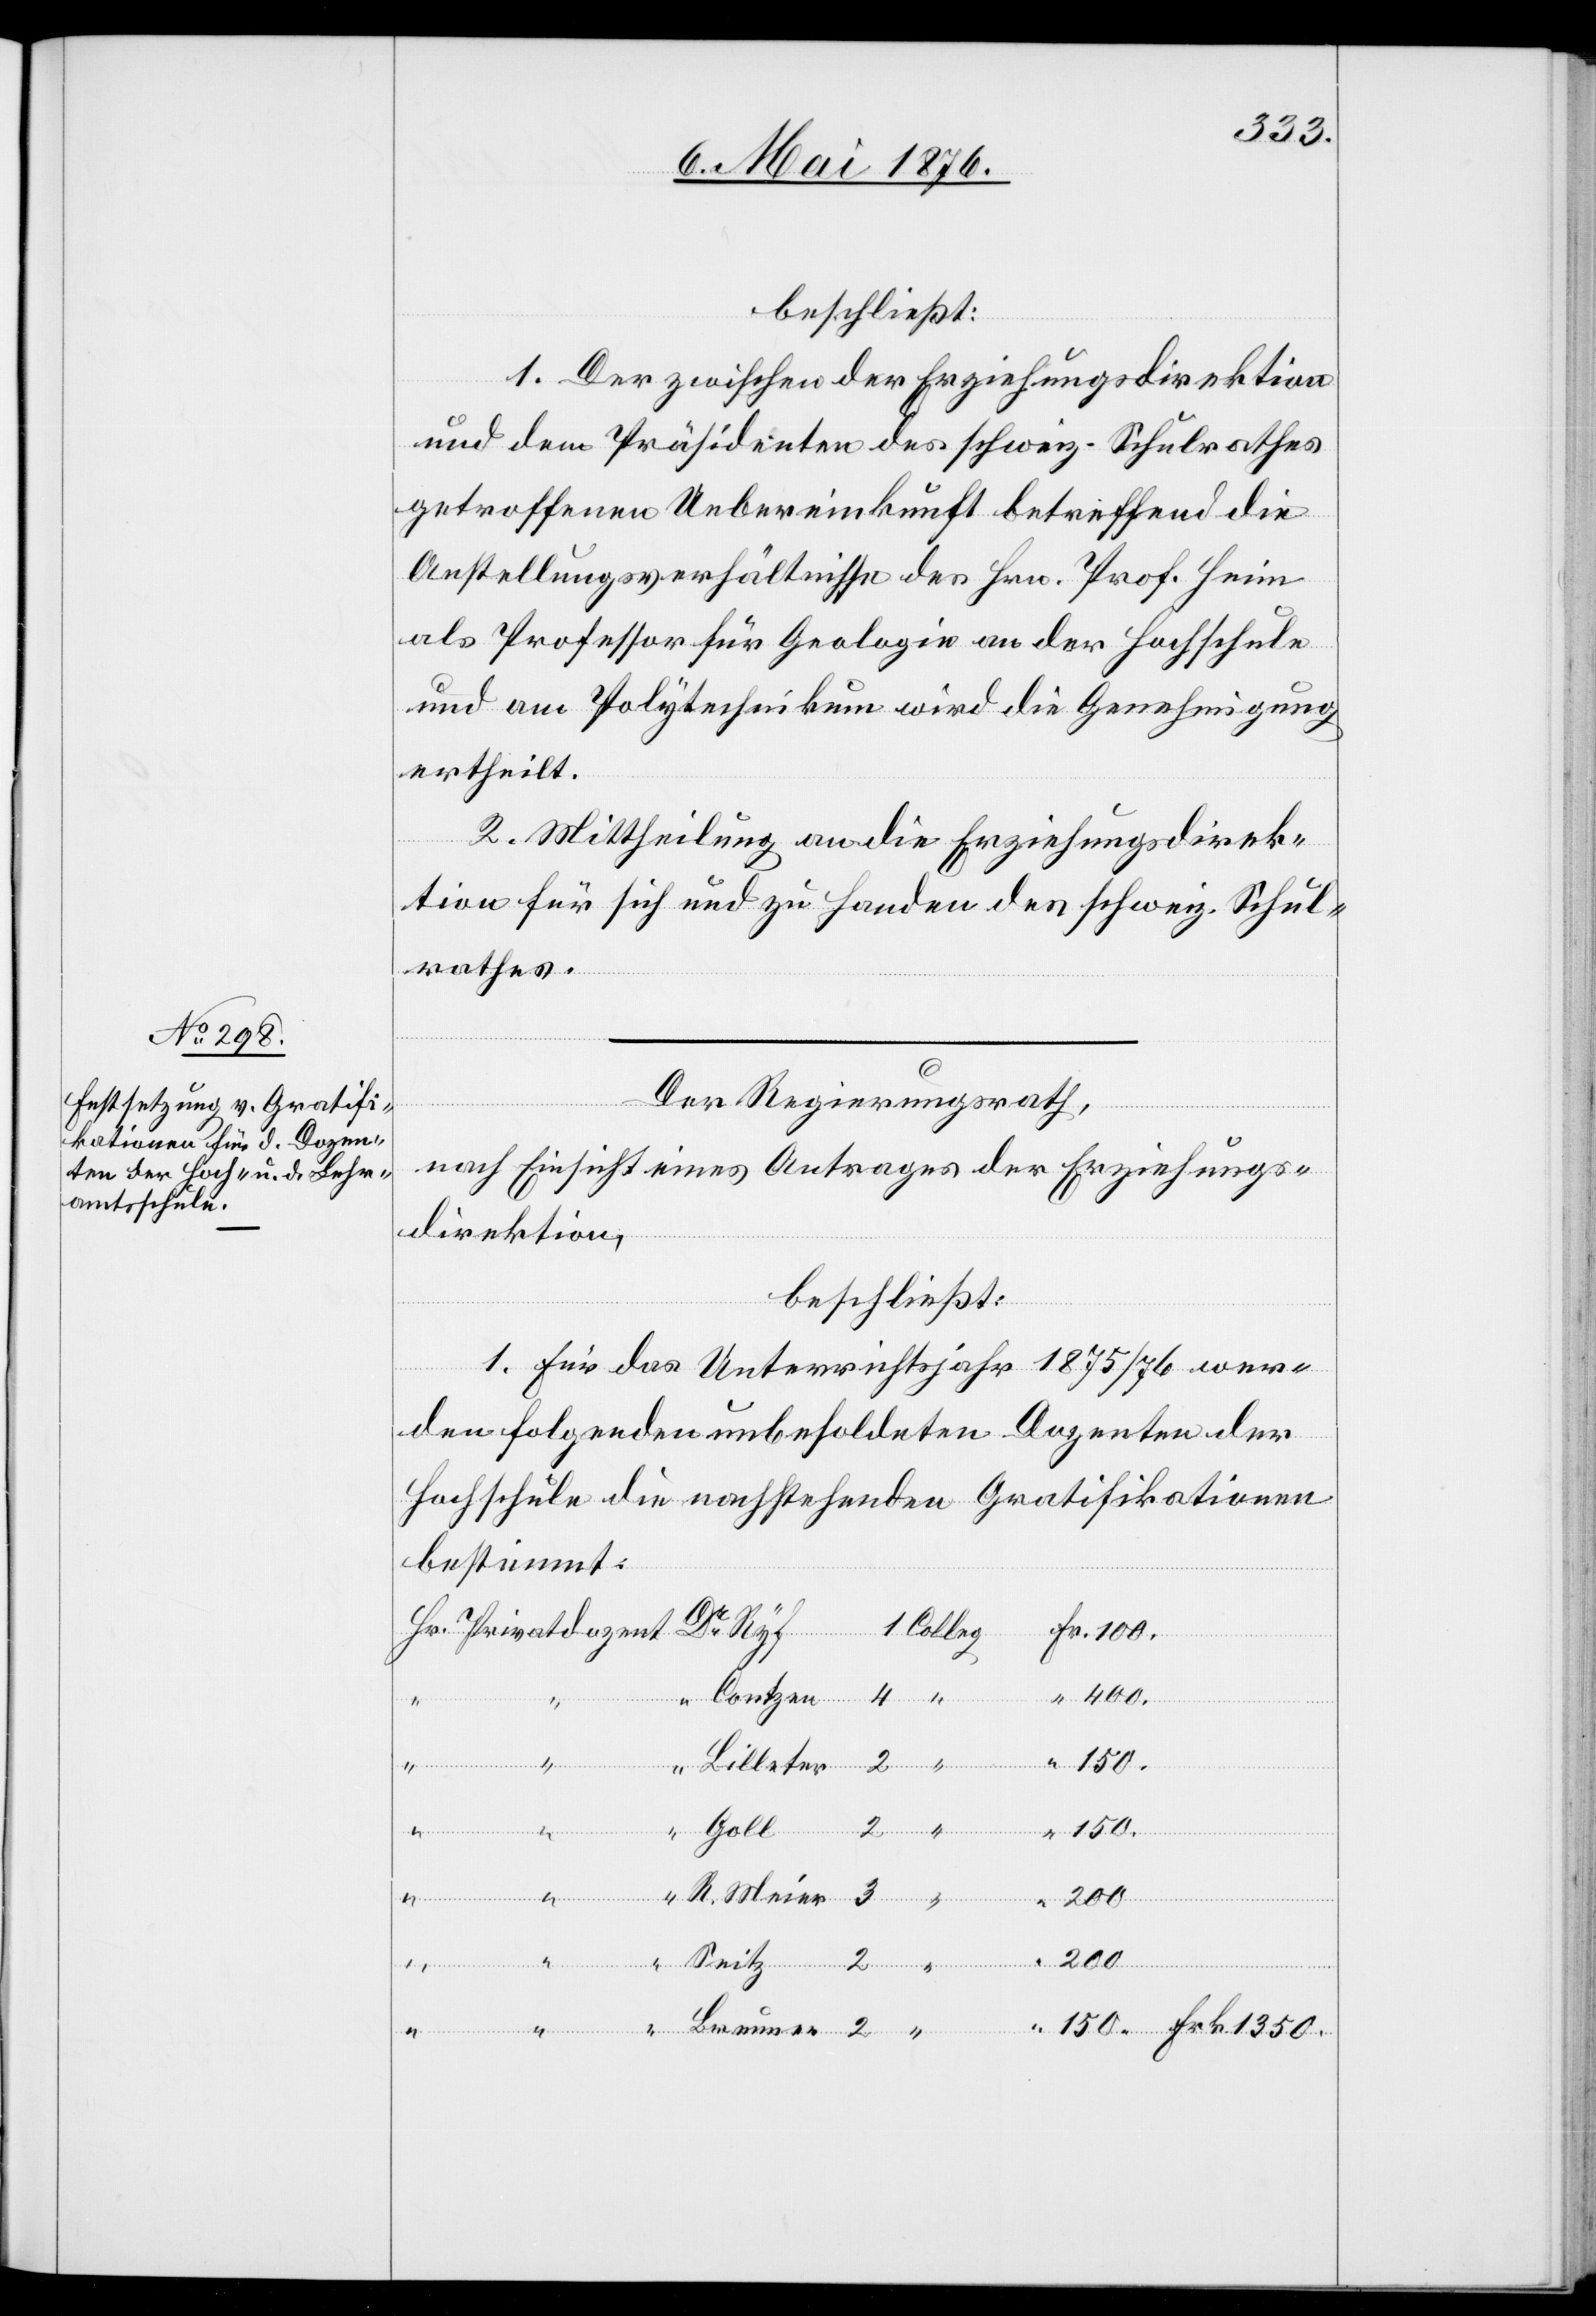
1350.
beschließt:
“
1. Der zwischen der Erziehungsdirektion
und dem Präsidenten des schweiz. Schulrathes
getroffenen Uebereinkunft betreffend die
Anstellungsverhältnisse des Hrn. Prof. Heim
als Professor für Geologie an der Hochschule
und am Polytechnikum wird die Genehmigung
ertheilt.
2. Mittheilung an die Erziehungsdirek¬
tion für sich und zu Handen des schweiz. Schul¬
rathes.
Frk.
Der Regierungsrath,
nach Einsicht eines Antrages der Erziehungs¬
direktion,
beschließt:
1. Für das Unterrichtsjahr 1875/76 wer¬
den folgenden unbesoldeten Dozenten der
Hochschule die nachstehenden Gratifikationen
bestimmt:
400.
R.